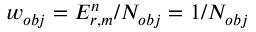
w _ { o b j } = E _ { r , m } ^ { n } / N _ { o b j } = 1 / N _ { o b j }